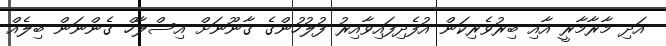
އަދި މާރާމާރީ އާއި ބިރުވެރިކަން އުފެދިފައިވާއިރު ފުލުހުންގެ ގާނޫނަށް އިސްލާހް ގެންނަން ބިލެއް